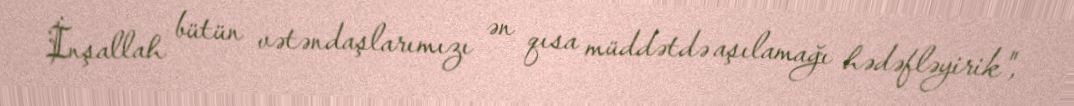
İnşallah bütün vətəndaşlarımızı ən qısa müddətdə aşılamağı hədəfləyirik",